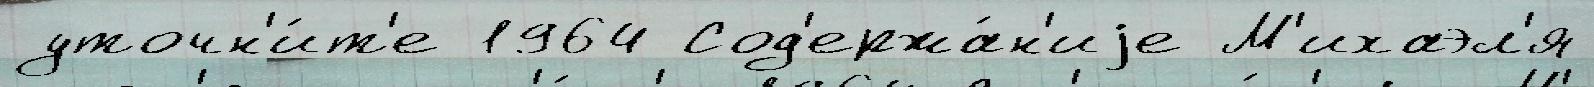
уточн'и́т'е 1964 Сод'ержа́н'иjе М'ихаэл'я